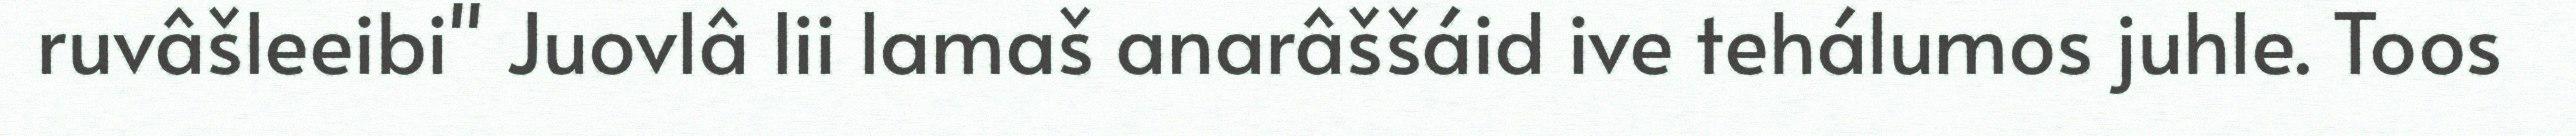
ruvâšleeibi" Juovlâ lii lamaš anarâššáid ive tehálumos juhle. Toos